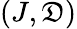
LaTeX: (J,\mathfrak{D})